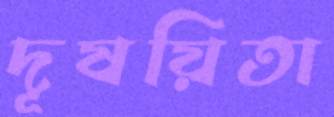
দূষয়িতা